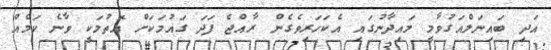
އަދި ބައިނަލްއަގުވާމީ މައިދާނުގައި އެކަހަރިވެގެން ރާއްޖެ ފަދަ ގައުމަކަށް އޮތުމަކީ ވާނެ ކަމެއް